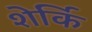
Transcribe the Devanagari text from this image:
शेर्कि